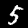
Digit: 5